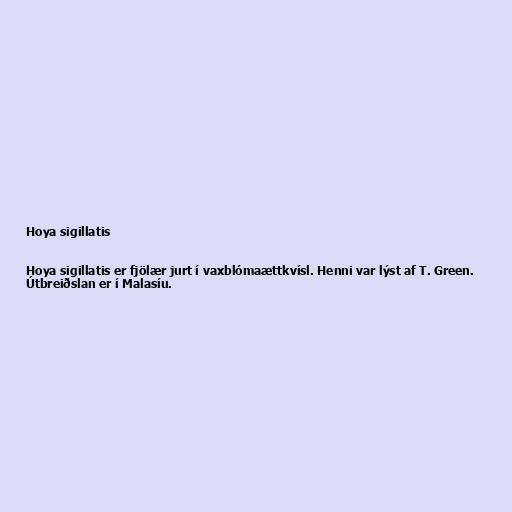
Hoya sigillatis

Hoya sigillatis er fjölær jurt í vaxblómaættkvísl. Henni var lýst af T. Green.
Útbreiðslan er í Malasíu.